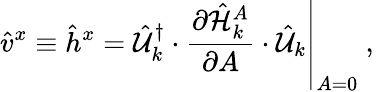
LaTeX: \hat{v}^{x}\equiv\hat{h}^{x}=\left.\hat{\mathcal{U}}_{k}^{\dagger}\cdot\frac{\partial\hat{\mathcal{H}}_{k}^{A}}{\partial A}\cdot\hat{\mathcal{U}}_{k}\right\vert_{A=0}\mathrm{~,~}